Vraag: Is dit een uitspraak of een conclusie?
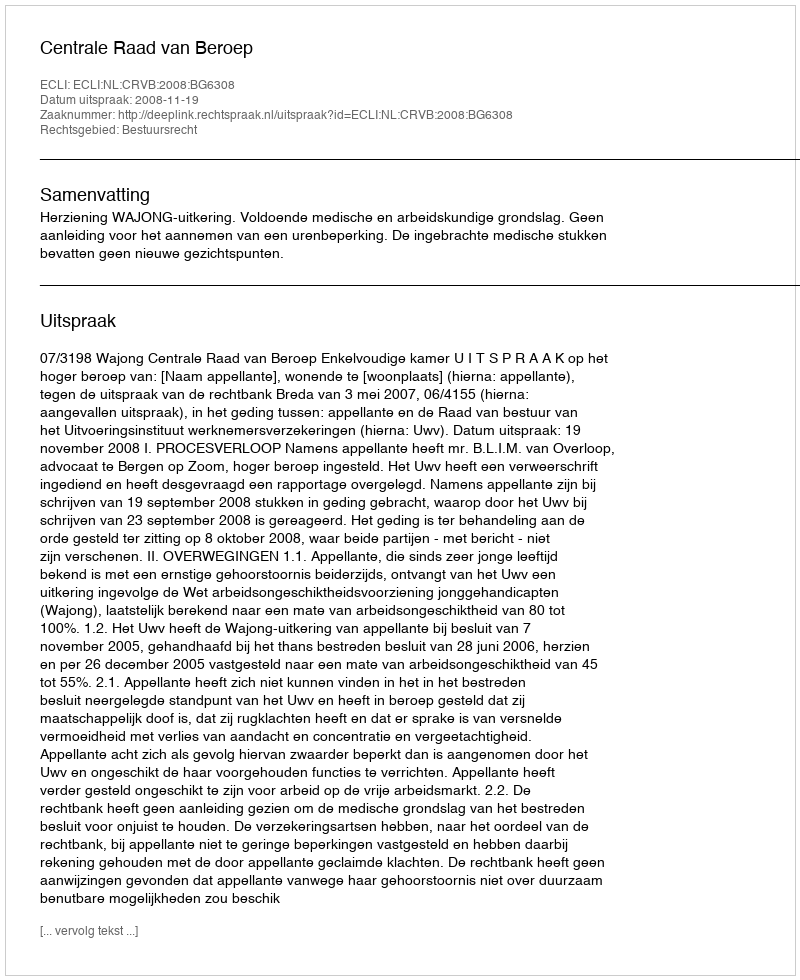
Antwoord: Uitspraak